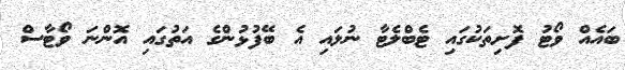
ބައެއް ވޯޓު ފޮށިތަކުގައި ޓެބްލެޓާ ނުލައި އެ ބޭފުޅުންގެ އަތުގައި އޮންނަ ވޯޓާސް